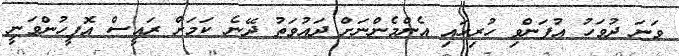
ވަނަ ދުވަހު އުފަންވި ހުރިހައި އެންމެންނަށް ދައުވަތު ދޭނެ ކަމަށް ރައީސް އޮފީހުންވަނީ